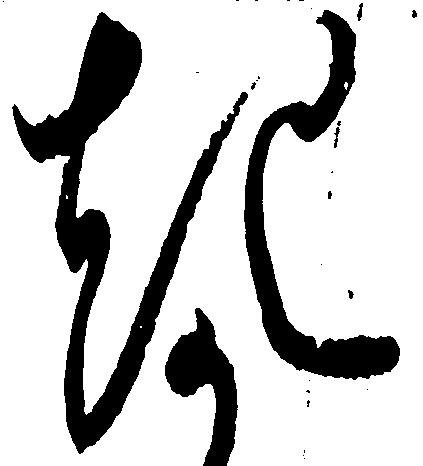
き